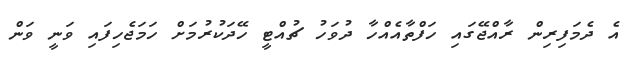
އެ ދެމަފިރިން ރާއްޖޭގައި ހަފްތާއެއްހާ ދުވަހު ޗުއްޓީ ހޭދަކުރުމަށް ހަމަޖެހިފައި ވަނީ ވަން